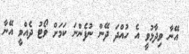
އޭނާ ވިދާޅުވީ އެ ހުއްދަ ދޭން ނުފެންނަ ކަމަށް ވޯޓު ދެއްވީ އޭނާ